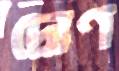
দ্রোণ